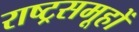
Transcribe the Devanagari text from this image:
राष्ट्रसमूहों